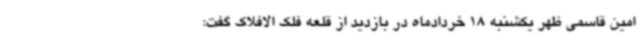
امین قاسمی ظهر یکشنبه 18 خردادماه در بازدید از قلعه فلک الافلاک گفت: